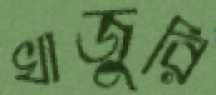
খাজুরি